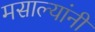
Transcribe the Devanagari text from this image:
मसाल्यांनी